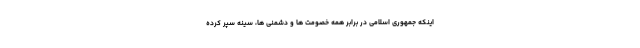
اینکه جمهوری اسلامی در برابر همه خصومت ها و دشمنی ها، سینه سپر کرده